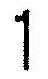
1